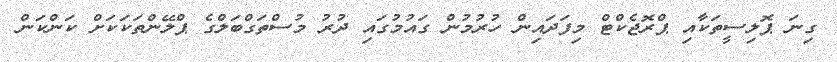
ގިނަ ޕޮލިސީތަކާއި ޕްރޮޖެކްޓް މިފަދައިން ހުރުމުން ގައުމުގައި ދުރު މުސްތަގްބަލްގެ ޕްލޭންތަކަކަށް ކަންކަން